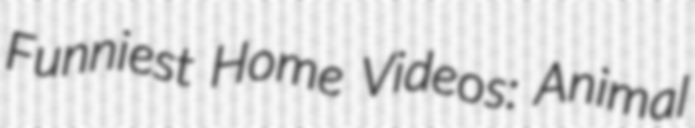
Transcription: Funniest Home Videos: Animal